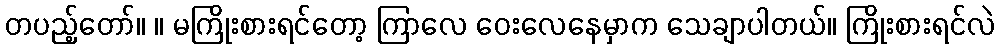
တပည့်တော်။ ။ မကြိုးစားရင်တော့ ကြာလေ ဝေးလေနေမှာက သေချာပါတယ်။ ကြိုးစားရင်လဲ